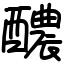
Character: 醲